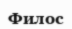
Филос